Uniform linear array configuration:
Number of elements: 16
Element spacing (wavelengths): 0.5
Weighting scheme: binomial
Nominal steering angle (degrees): -60
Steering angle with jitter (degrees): -58.326
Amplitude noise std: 0.05
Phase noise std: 0.05

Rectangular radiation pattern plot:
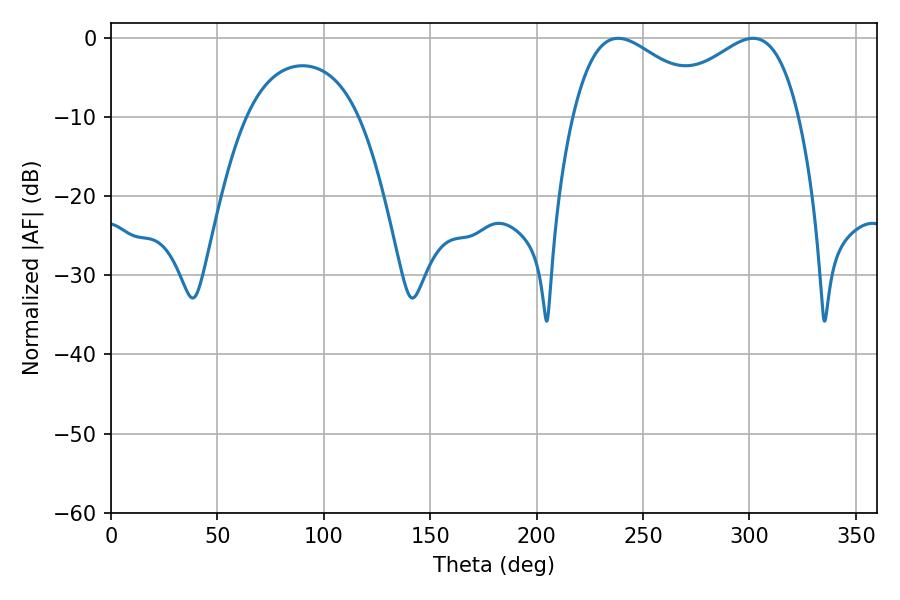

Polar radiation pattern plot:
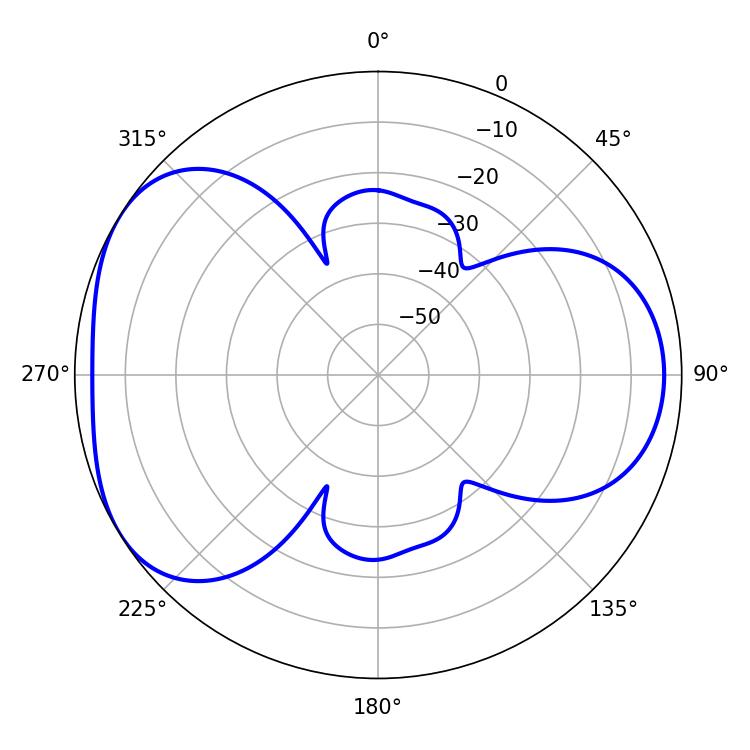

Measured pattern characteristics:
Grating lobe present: FALSE
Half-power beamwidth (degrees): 36.18
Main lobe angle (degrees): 238.32